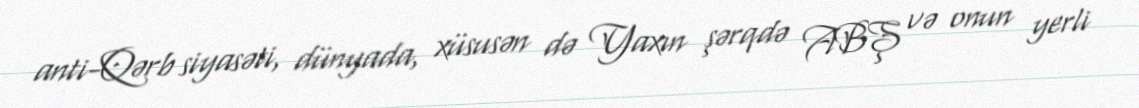
anti-Qərb siyasəti, dünyada, xüsusən də Yaxın şərqdə ABŞ və onun yerli